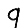
Digit: 9